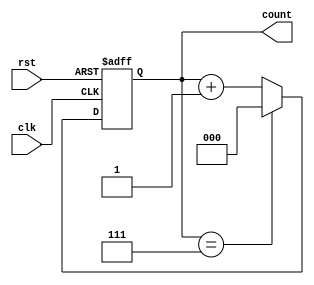
module binary_counter (
    input wire clk,        // Clock input
    input wire rst,        // Asynchronous reset input
    output reg [2:0] count // 3-bit output for the count value
);

    // Maximum count value for a 3-bit counter is 7 (2^3 - 1)
    parameter MAX_COUNT = 3'b111;

    // Always block triggered on the rising edge of the clock or when reset is asserted
    always @(posedge clk or posedge rst) begin
        if (rst) begin
            // Asynchronous reset: set count to 0
            count <= 3'b000;
        end else begin
            // Increment the count, wrap around if it exceeds MAX_COUNT
            if (count == MAX_COUNT) begin
                count <= 3'b000; // Wrap around to 0
            end else begin
                count <= count + 1; // Increment count
            end
        end
    end

endmodule